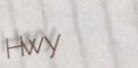
Hwy